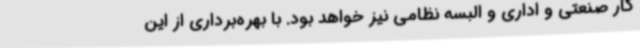
کار صنعتی و اداری و البسه نظامی نیز خواهد بود. با بهره‌برداری از این